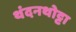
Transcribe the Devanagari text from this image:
थंदनथोट्टा